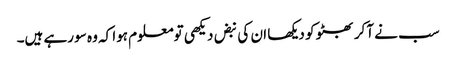
سب نے آکر بھٹو کو دیکھا ان کی نبض دیکھی تومعلوم ہوا کہ وہ سو رہے ہیں۔